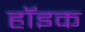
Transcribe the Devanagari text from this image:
हॉइक